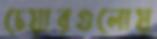
চেয়ারগুলোয়